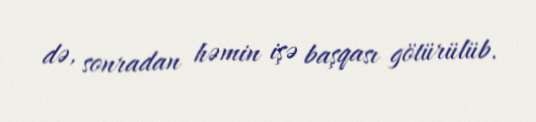
də, sonradan həmin işə başqası götürülüb.